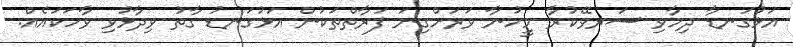
އަޅުގަނޑާ ދިމާވި ސަރވޭކުރާ މީހުނާ ވަރަށްގިނަ ފަރާތްތަކުން އަޅުގަނޑު ގާތު ވިދާޅުވި ވާހަކައެއް.